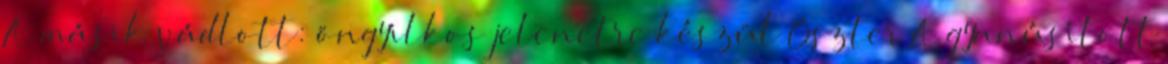
A másik vádlott: öngyilkos jelenetre készül Oszter A gyanúsított